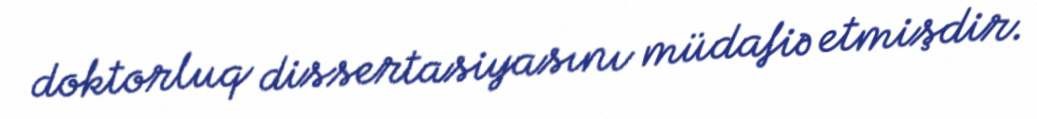
doktorluq dissertasiyasını müdafiə etmişdir.